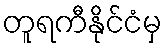
တူရကီနိုင်ငံမှ